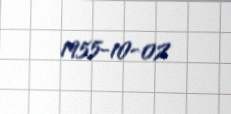
1955-10-02